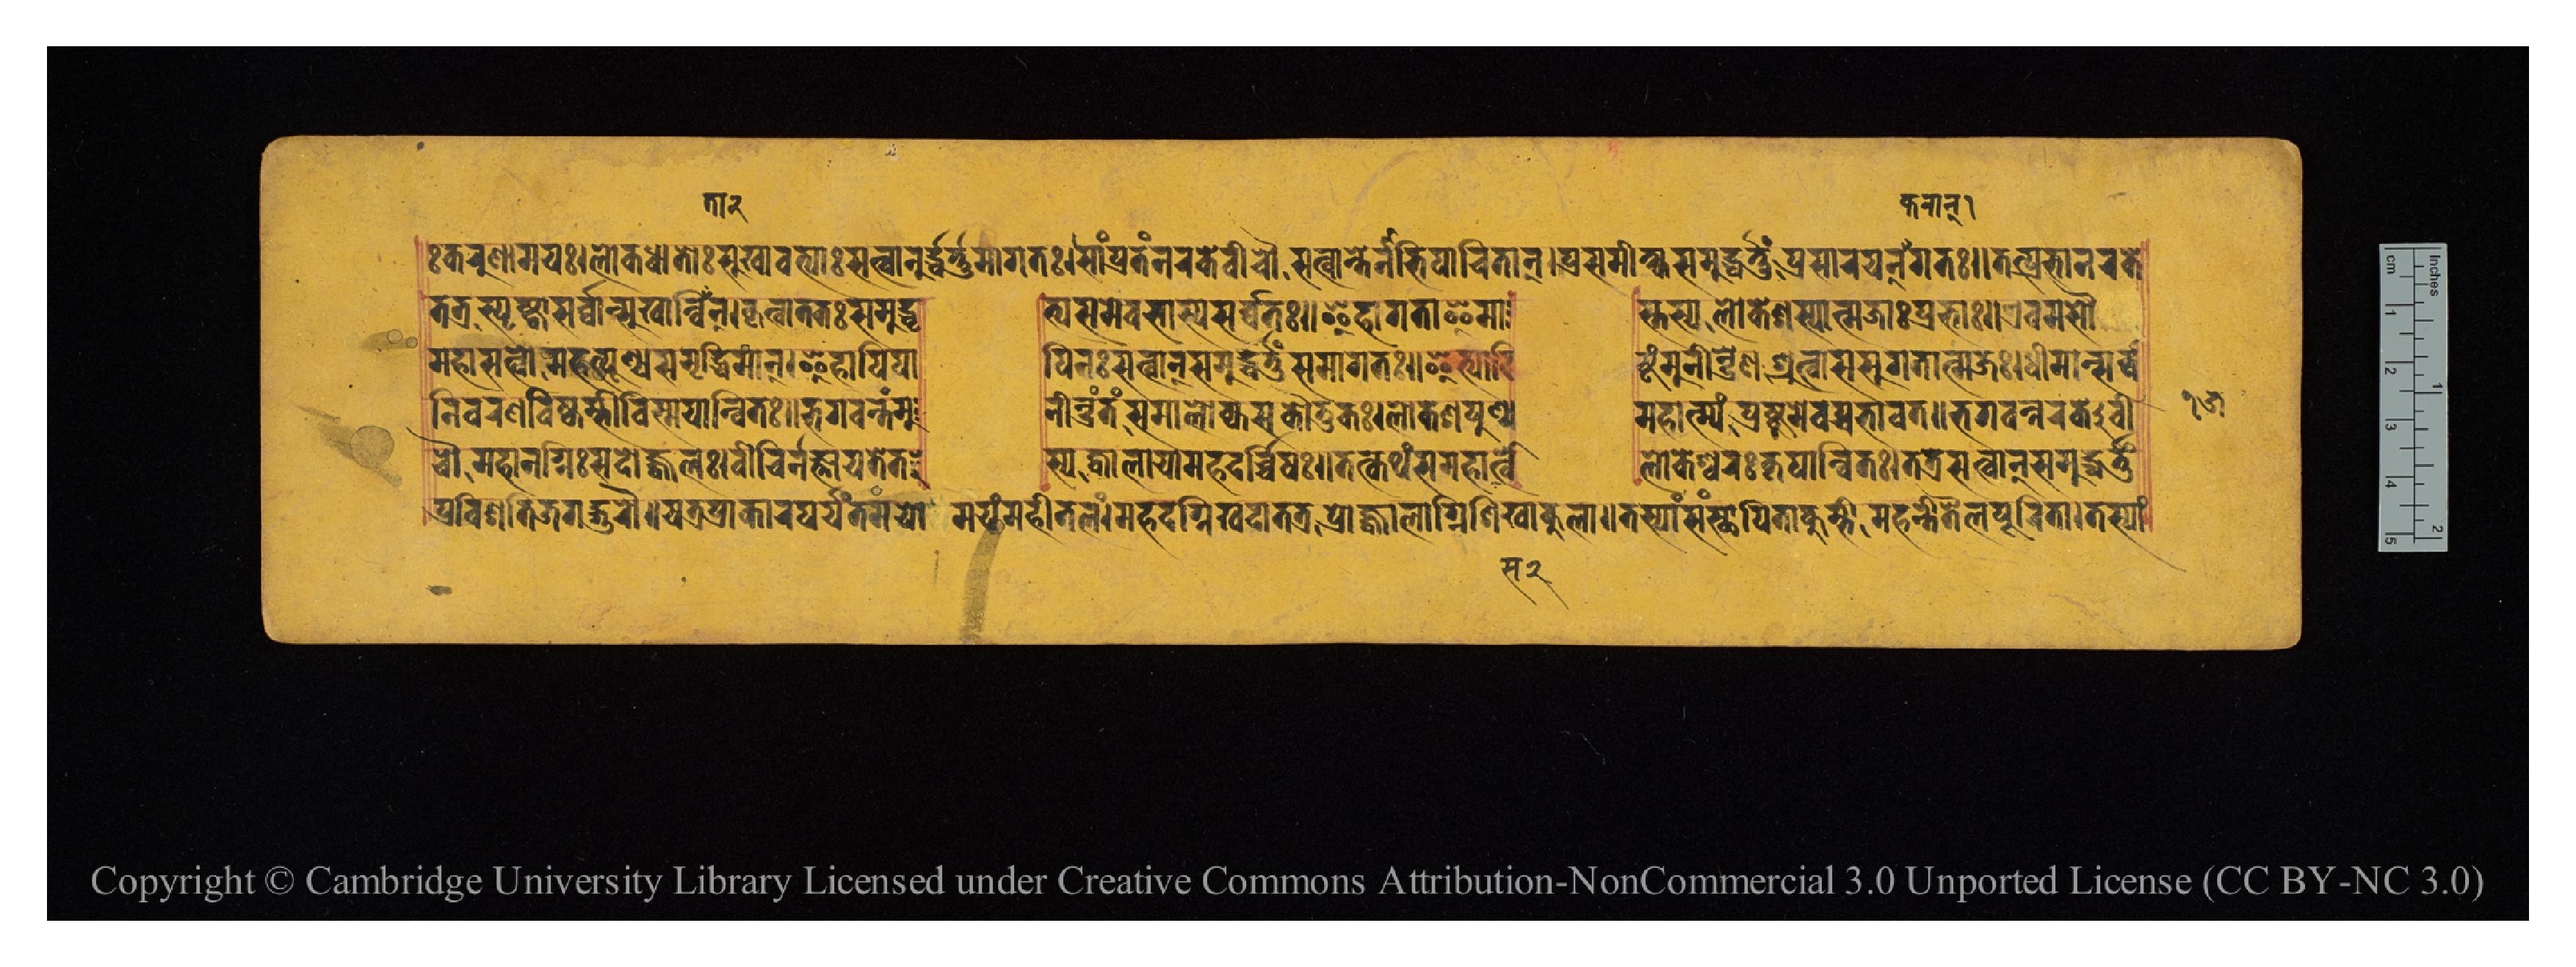
𑑅𑐎𑐬𑐸𑐞𑐵𑐩𑐫𑑅𑑋𑐮𑑀𑐎𑐢𑐵𑐟𑑀𑑅𑐳𑐸𑐏𑐵𑐰𑐟𑑂𑐫𑐵𑑅𑐳𑐟𑑂𑐰𑐵𑐣𑐸𑐡𑑂𑐢𑐬𑑂𑐟𑐸𑐩𑐵𑐐𑐟𑑅𑑋𑐳𑐵𑑄𑐥𑑂𑐬𑐟𑑄𑐣𑐬𑐎𑐾𑐰𑐷𑐔𑑁𑐳𑐟𑑂𑐰𑐵𑐣𑑂𑐟𑐾𑐣𑐵𑐨𑐶𑐥𑐵𑐔𑐶𑐟𑐵𑐣𑑂𑑋𑐥𑑂𑐬𑐳𑐩𑐷𑐎𑑂𑐲𑑂𑐫𑐳𑐩𑐸𑐡𑑂𑐢𑐬𑑂𑐟𑐸𑑄𑐥𑑂𑐬𑐳𑐵𑐬𑐫𑐣𑑂𑐎𑐬𑐵𑐣𑐵𑐐𑐟𑑅𑑌𑐟𑐟𑑂𑐥𑑂𑐬𑐨𑐵𑐣𑐬𑐎𑐾 𑐟𑐟𑑂𑐬𑐳𑑂𑐥𑐺𑐲𑑂𑐚𑑂𑐰𑐵𑐳𑐬𑑂𑐰𑑂𑐰𑐵𑐣𑑂𑐳𑐸𑐏𑐵𑐣𑑂𑐰𑐶𑐟𑐵𑐣𑑂𑑋𑐎𑐺𑐟𑑂𑐰𑐵𑐟𑐟𑑅𑐳𑐩𑐸𑐡𑑂𑐢  𑐟𑑂𑐫𑐳𑐩𑐰𑐨𑐵𑐳𑑂𑐫𑐳𑐬𑑂𑐰𑑂𑐰𑐟𑑅𑑌𑐂𑐴𑐵𑐐𑐟𑐵𑐂𑐩𑐵      𑐳𑑂𑐟𑐳𑑂𑐫𑐮𑑀𑐎𑐾𑐱𑐳𑑂𑐫𑐵𑐟𑑂𑐩𑐖𑐵𑑅𑐥𑑂𑐬𑐨𑐵𑑅𑑌𑐊𑐰𑐩𑐳𑑁 𑐩𑐴𑐵𑐳𑐟𑑂𑐰𑑀𑐩𑐴𑐟𑑂𑐥𑐸𑐞𑑂𑐫𑐳𑐩𑐺𑐡𑑂𑐢𑐶𑐩𑐵𑐣𑑂𑑋𑐂𑐴𑐵𑐥𑐶𑐥𑐵  𑐥𑐶𑐣𑑅𑐳𑐟𑑂𑐰𑐵𑐣𑑂𑐳𑐩𑐸𑐡𑑂𑐢𑐬𑑂𑐟𑐸𑑄𑐳𑐩𑐵𑐐𑐟𑑅𑑌𑐂𑐟𑑂𑐫𑐵𑐡𑐶  𑐲𑑂𑐚𑑄𑐩𑐸𑐣𑐷𑐣𑑂𑐡𑑂𑐬𑐾𑐞𑐱𑑂𑐬𑐸𑐟𑑂𑐰𑐵𑐳𑐳𑐸𑐐𑐟𑐵𑐟𑑂𑐩𑐖𑑅𑑋𑐢𑐶𑐩𑐵𑐣𑑂𑐳𑐬𑑂𑐰𑑂𑐰 𑐣𑐷𑐰𑐬𑐞𑐰𑐶𑐲𑑂𑐎𑐩𑑂𑐨𑐷𑐰𑐶𑐳𑑂𑐩𑐫𑐵𑐣𑑂𑐰𑐶𑐟𑑅𑑌𑐨𑐐𑐰𑐣𑑂𑐟𑑄𑐩𑐸  𑐣𑐷𑐣𑑂𑐡𑑂𑐬𑑄𑐟𑑄𑐳𑐩𑐵𑐮𑑀𑐎𑑂𑐫𑐳𑐎𑑁𑐟𑐸𑐎𑑅𑑋𑐮𑑀𑐎𑐾𑐱𑐥𑐸𑐞𑑂𑐫  𑐩𑐵𑐴𑐵𑐟𑑂𑐩𑑂𑐫𑑄𑐥𑑂𑐬𑐲𑑂𑐚𑐸𑐩𑐾𑐰𑐩𑐨𑐵𑐲𑐟𑑌𑐨𑐐𑐰𑐣𑑂𑐣𑐎𑐾𑐰𑐷 𑐔𑑁𑐩𑐴𑐵𑐣𑐐𑑂𑐣𑐶𑑅𑐳𑐡𑑀𑐖𑑂𑐰𑐮𑑅𑑋𑐰𑐷𑐔𑐶𑐬𑑂𑐣𑐖𑑂𑐘𑐵𑐫𑐟𑐾𑐟  𑐳𑑂𑐫𑐖𑑂𑐰𑐵𑐮𑐵𑐫𑐵𑐩𑐴𑐡𑐬𑑂𑐔𑑂𑐔𑐶𑐲𑑅𑑌𑐟𑐟𑑂𑐎𑐠𑑄𑐳𑐩𑐴𑐵𑐳𑐟𑑂𑐰𑑀  𑐮𑑀𑐎𑐾𑐱𑑂𑐰𑐬𑑅𑐎𑐺𑐥𑐵𑐣𑑂𑐰𑐶𑐟𑑅𑑋𑐟𑐟𑑂𑐬𑐳𑐟𑑂𑐰𑐵𑐣𑑂𑐳𑐩𑐸𑐡𑑂𑐢𑐬𑑂𑐟𑐸𑑄 𑐥𑑂𑐬𑐰𑐶𑐱𑐟𑐶𑐖𑐐𑐡𑑂𑐐𑐸𑐬𑐸𑑅𑑌𑐫𑐟𑑂𑐬𑐥𑑂𑐬𑐵𑐎𑐵𑐬𑐥𑐬𑑂𑐫𑐣𑑂𑐟𑐩𑐫𑑀𑐩𑐫𑑄𑐩𑐴𑐷𑐟𑐮𑑄𑑋𑐩𑐴𑐡𑐐𑑂𑐣𑐶𑐏𑐡𑐵𑐟𑐟𑑂𑐬𑐥𑑂𑐬𑑀𑐖𑑂𑐰𑐮𑐵𑐐𑑂𑐣𑐶𑐱𑐶𑐏𑐵𑐎𑐸𑐮𑐵𑑌𑐟𑐳𑑂𑐫𑐵𑑄𑐳𑑄𑐳𑑂𑐠𑐵𑐥𑐶𑐟𑐵𑐎𑐸𑐩𑑂𑐨𑐷𑐩𑐴𑐟𑐷𑐟𑐿𑐮𑐥𑐹𑐬𑐶𑐟𑐵𑑋𑐟𑐳𑑂𑐫𑐵𑑄 𑑑𑑕